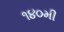
૧૪૦મી